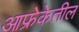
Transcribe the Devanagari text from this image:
आफ्रेकेतील